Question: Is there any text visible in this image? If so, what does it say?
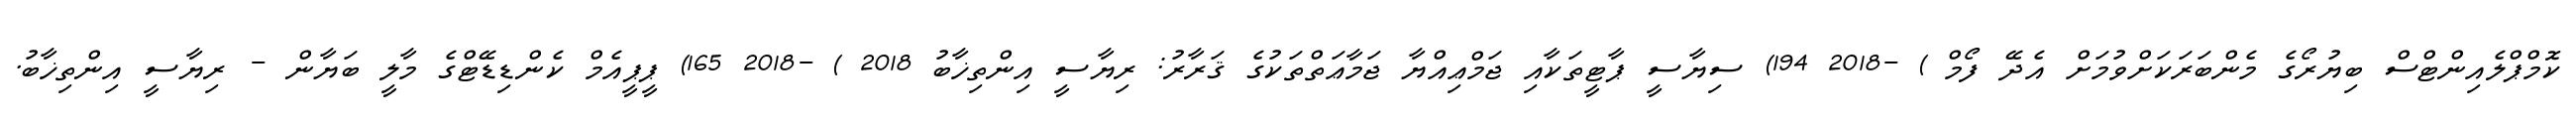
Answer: ކޮމްޕްލެއިންޓްސް ބިޔުރޯގެ މެންބަރަކަށްވުމަށް އެދޭ ފޯމް ) -2018 194) ސިޔާސީ ޕާޓީތަކާއި ޖަމްޢިއްޔާ ޖަމާޢަތްތަކުގެ ޤަރާރު: ރިޔާސީ އިންތިޚާބު 2018 ) -2018 165) ޕީޕީއެމް ކެންޑިޑޭޓްގެ މާލީ ބަޔާން - ރިޔާސީ އިންތިޚާބު.